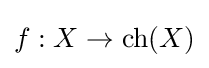
f:X\to {\text{ch}}(X)